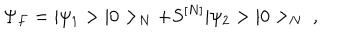
\Psi _ { F } = \vert \psi _ { 1 } > \vert 0 > _ { N } + S ^ { [ N ] } \vert \psi _ { 2 } > \vert 0 > _ { N } \ ,